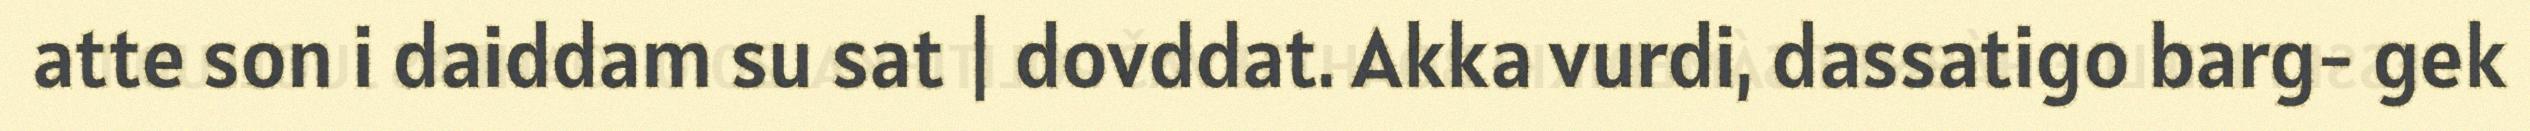
atte son i daiddam su sat | dovddat. Akka vurdi, dassatigo barg- gek